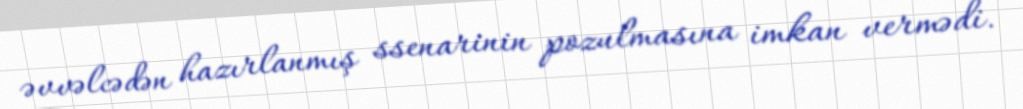
əvvəlcədən hazırlanmış ssenarinin pozulmasına imkan vermədi.